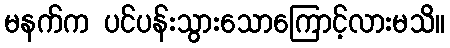
မနက်က ပင်ပန်းသွားသောကြောင့်လားမသိ။